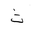
Letter: _tha